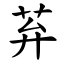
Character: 䒪